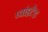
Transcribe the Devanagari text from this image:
प्वांइटेड